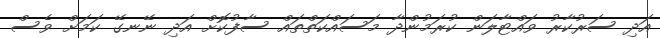
އަދި ސަރުކާރު ވައްޓާލަން ކުރަމުންދާ މަސައްކަތްތައް ސާފުކޮށް އަދި ނޭނގޭ ކަމަށް ވެސް